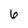
Character: 6